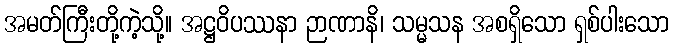
အမတ်ကြီးတို့ကဲ့သို့။ အဋ္ဌဝိပဿနာ ဉာဏာနိ၊ သမ္မသန အစရှိသော ရှစ်ပါးသော